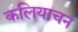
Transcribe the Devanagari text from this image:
कलियाचन